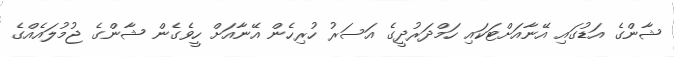
ޝާންގެ އަޑުގައި އޭނާއަށްޓަކައި ހަމްދަރުދީގެ އަސަރު ހުރިހެން އޭނާއަށް ހީވެގެން ޝާންގެ ޖުމުލައެއްގެ